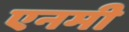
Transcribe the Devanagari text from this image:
एनमी